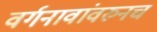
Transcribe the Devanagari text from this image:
वर्गनावांवरुनच